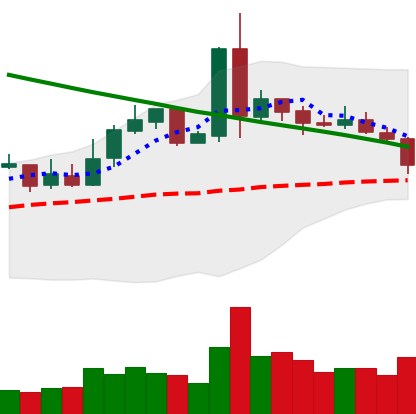
Ticker: NEO-USD
Chart end date: 2019-03-04
Forward return: 8.859%
Label: up_7plus